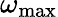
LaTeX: \omega_{\mathrm{max}}